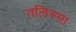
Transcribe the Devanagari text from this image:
तलिस्मा